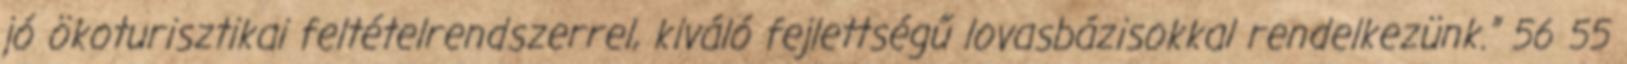
jó ökoturisztikai feltételrendszerrel, kiváló fejlettségű lovasbázisokkal rendelkezünk.” 56 55